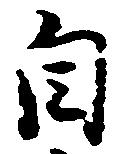
自